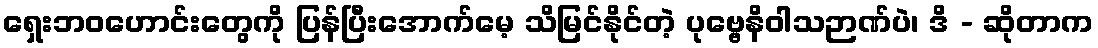
ရှေးဘဝဟောင်းတွေကို ပြန်ပြီးအောက်မေ့ သိမြင်နိုင်တဲ့ ပုဗ္ဗေနိဝါသဉာဏ်ပဲ၊ ဒိ - ဆိုတာက